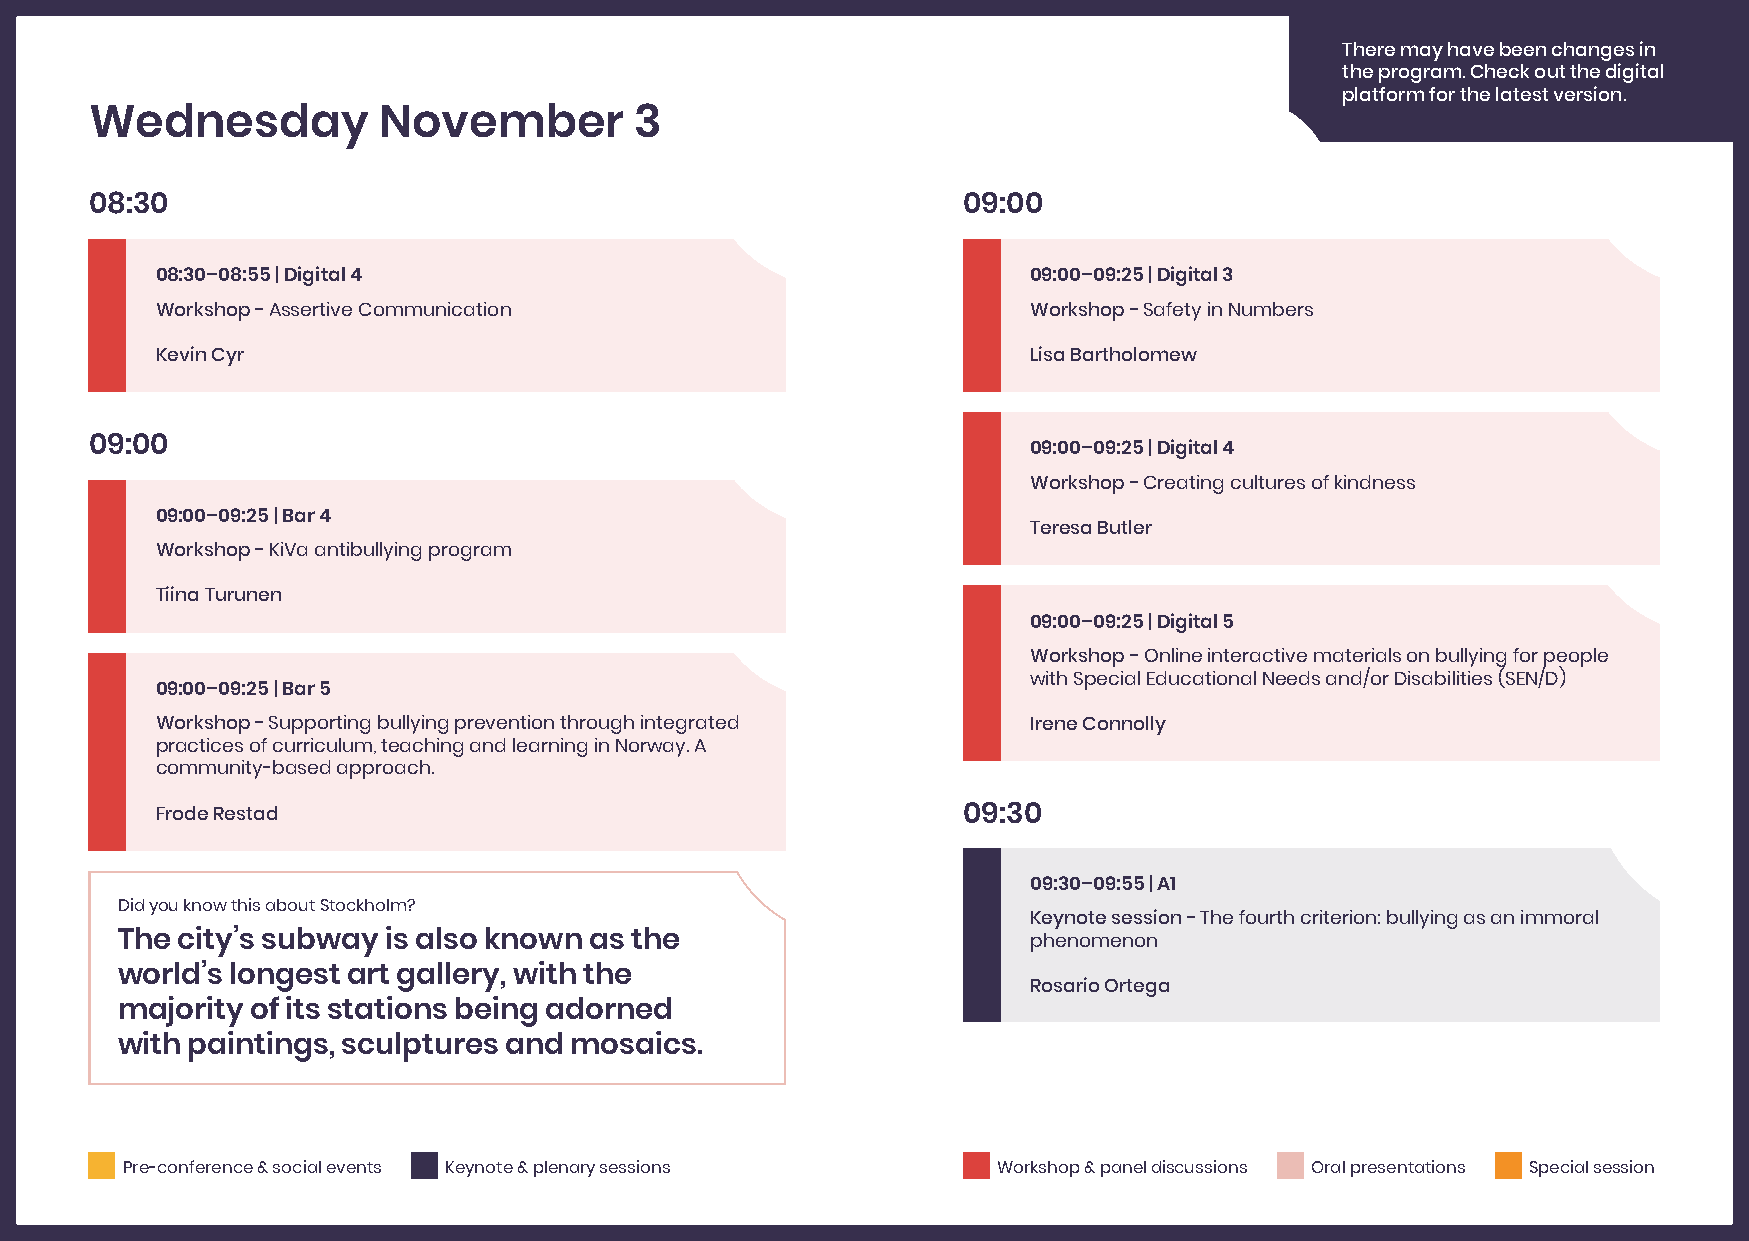
There may have been changes in
 the program. Check out the digital
 platform for the latest version.
 Wednesday          November         3
 08:30                                                     09:00
 08:30–08:55 | Digital 4                                   09:00–09:25 | Digital 3
 Workshop - Assertive Communication                        Workshop - Safety in Numbers
 Kevin Cyr                                                 Lisa Bartholomew
 09:00                                                         09:00–09:25 | Digital 4
 Workshop - Creating cultures of kindness
 09:00–09:25 | Bar 4
 Teresa Butler
 Workshop - KiVa antibullying program
 Tiina Turunen
 09:00–09:25 | Digital 5
 Workshop - Online interactive materials on bullying for people
 with Special Educational Needs and/or Disabilities (SEN/D)
 09:00–09:25 | Bar 5
 Workshop - Supporting bullying prevention through integrated Irene Connolly
 practices of curriculum, teaching and learning in Norway. A
 community-based approach.
 Frode Restad                                          09:30
 09:30–09:55 | A1
 Did you know this about Stockholm?
 Keynote session - The fourth criterion: bullying as an immoral
 The city’s subway is also known as the                      phenomenon
 world’s longest art gallery, with the
 Rosario Ortega
 majority of its stations being adorned
 with paintings, sculptures and mosaics.
 Pre-conference & social events Keynote & plenary sessions Workshop & panel discussions Oral presentations Special session